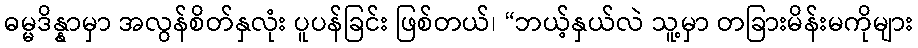
ဓမ္မဒိန္နာမှာ အလွန်စိတ်နှလုံး ပူပန်ခြင်း ဖြစ်တယ်၊ “ဘယ့်နှယ်လဲ သူ့မှာ တခြားမိန်းမကိုများ